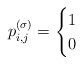
LaTeX: \begin{align*}p_{i,j}^{(\sigma)} = \begin{cases}1 & \\0 & \end{cases}\end{align*}